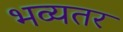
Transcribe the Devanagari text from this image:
भव्यतर